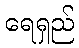
ရေရှည်